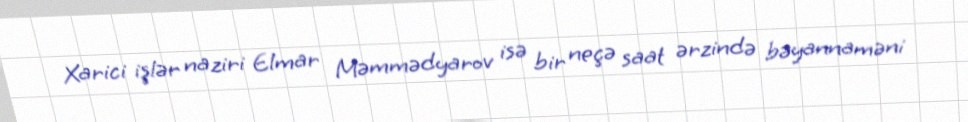
Xarici işlər naziri Elmar Məmmədyarov isə bir neçə saat ərzində bəyannaməni